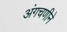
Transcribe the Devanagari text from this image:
अंगचणीने